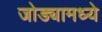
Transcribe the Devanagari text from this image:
जोड्यामध्ये